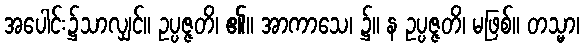
အပေါင်း၌သာလျှင်။ ဥပ္ပဇ္ဇတိ၊ ၏။ အာကာသေ၊ ၌။ န ဥပ္ပဇ္ဇတိ၊ မဖြစ်။ တသ္မာ၊